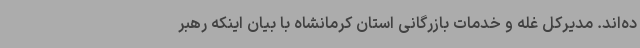
ده‌اند. مدیرکل غله و خدمات بازرگانی استان کرمانشاه با بیان اینکه رهبر